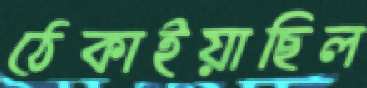
ঠেকাইয়াছিল